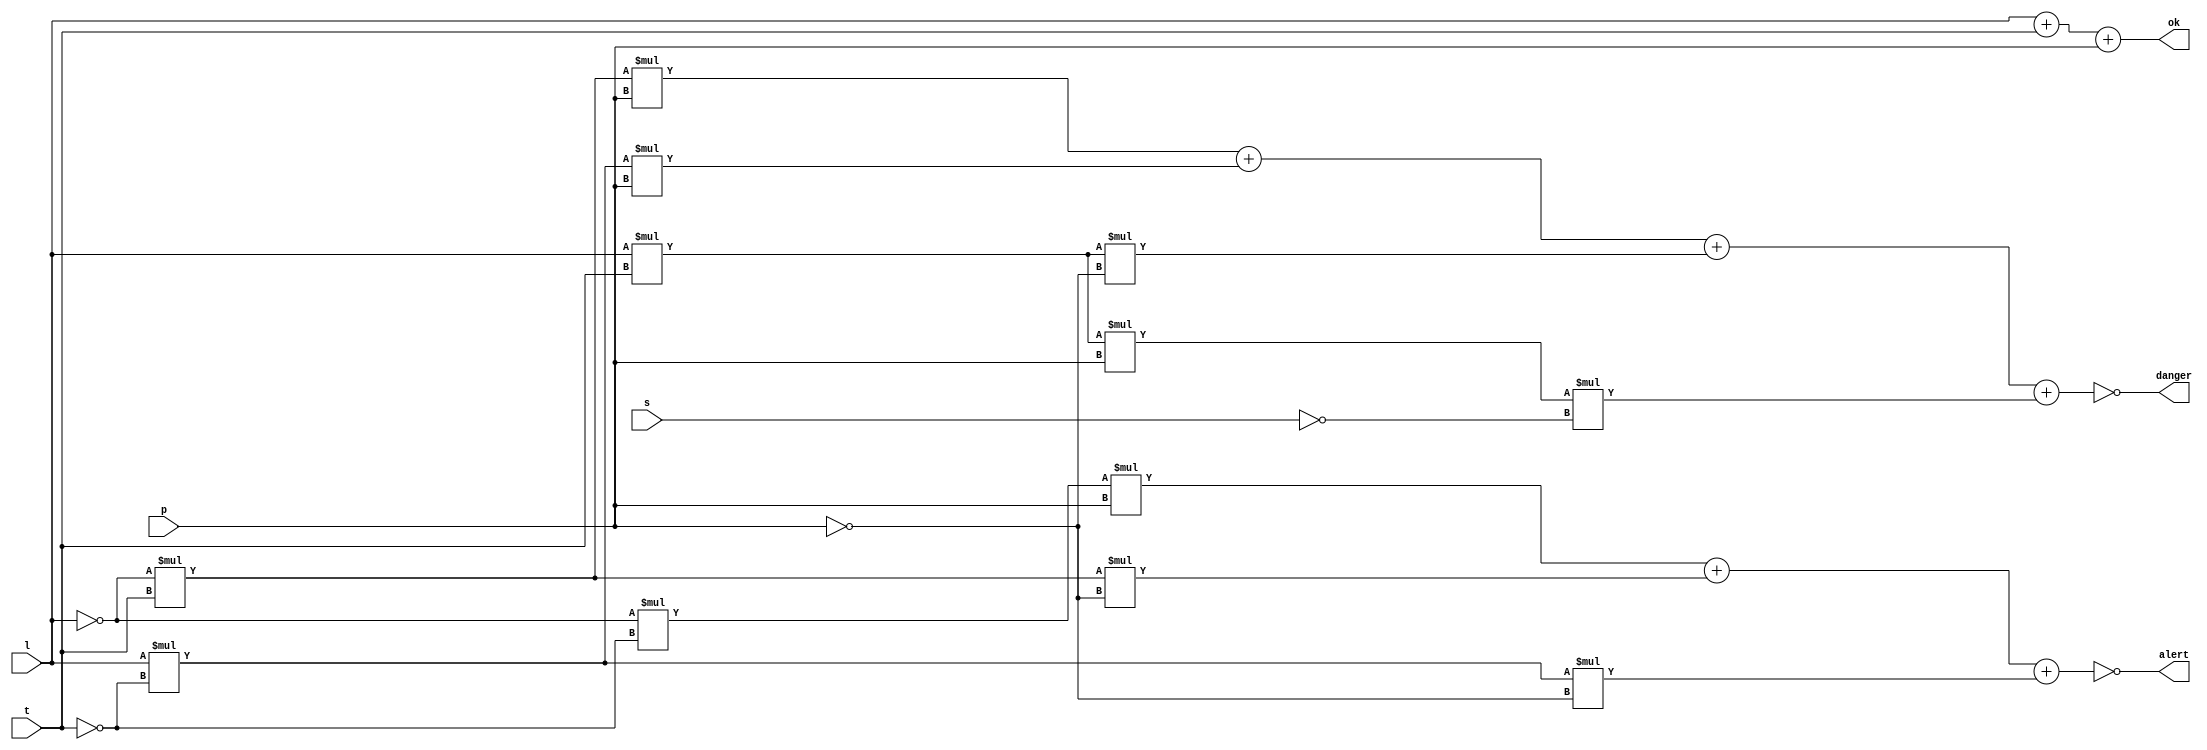
`timescale 1ns / 1ps
//////////////////////////////////////////////////////////////////////////////////
// Company: 
// Engineer: 
// 
// Design Name: 
// Module Name: lamprob
// Project Name: 
// Target Devices: 
// Tool Versions: 
// Description: 
// 
// Dependencies: 
// 
// Revision:
// Revision 0.01 - File Created
// Additional Comments:
// 
//////////////////////////////////////////////////////////////////////////////////


module lamprob(input l, input t, input p, input s, output wire ok, output wire alert, output wire danger
    );
    assign ok = l + t + p ;
    wire al = ~l * ~t * p + ~l * t * ~p + l * ~t * ~p;
    assign alert = ~al;
    assign danger = ~(~l * t * p + l * ~t * p + l *t * ~p + l * t * p * ~s);    
endmodule